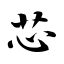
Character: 芯